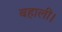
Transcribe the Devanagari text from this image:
बहाली।